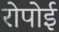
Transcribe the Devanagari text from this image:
रोपोई